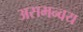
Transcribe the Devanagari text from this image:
असमन्वय